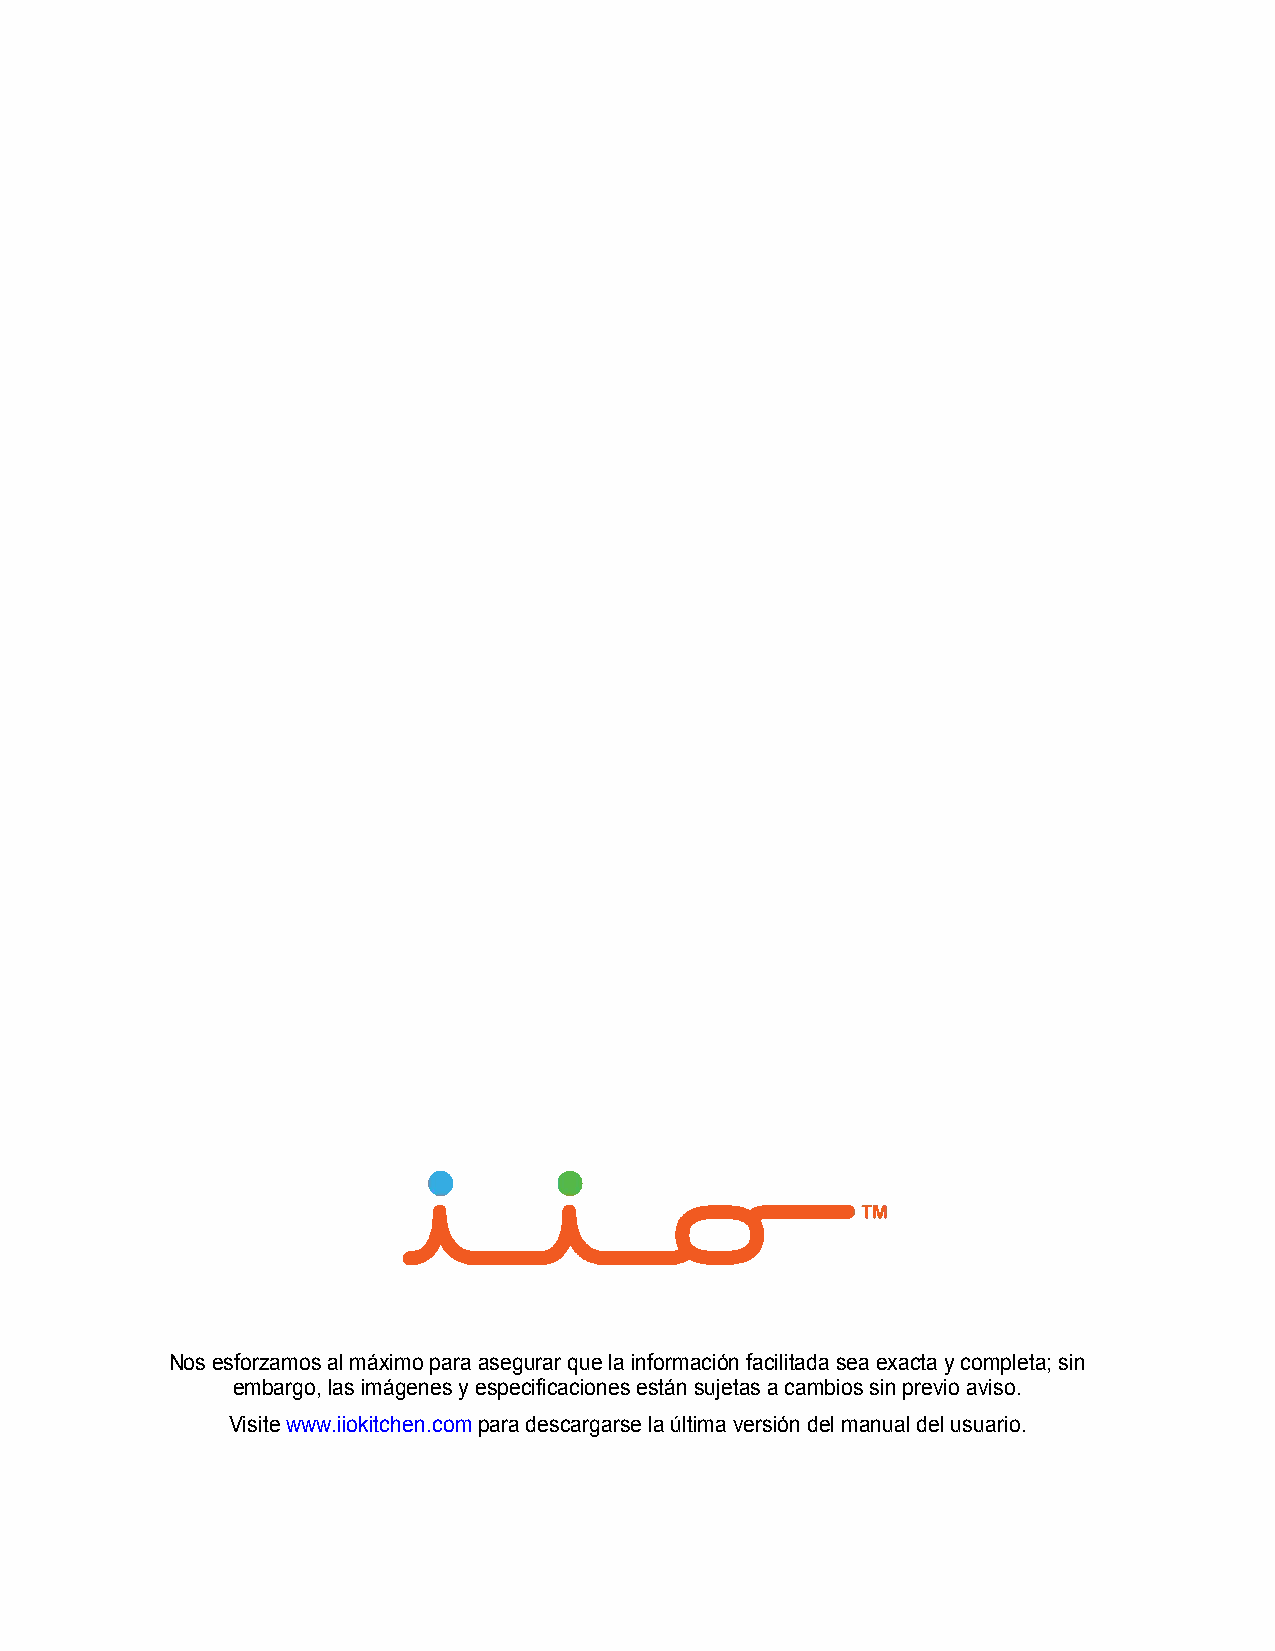
Nos esforzamos al máximo para asegurar que la información facilitada sea exacta y completa; sin
 embargo, las imágenes y especificaciones están sujetas a cambios sin previo aviso.
 Visite www.iiokitchen.com para descargarse la última versión del manual del usuario.